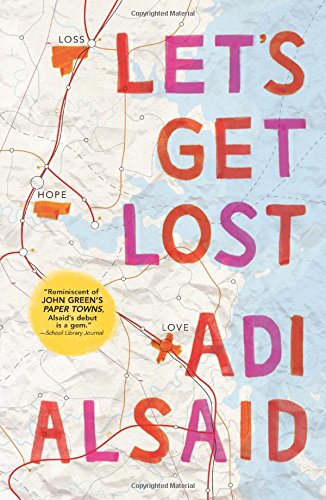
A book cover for Let's Get Lost (Harlequin Teen); Adi Alsaid; Teen & Young Adult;